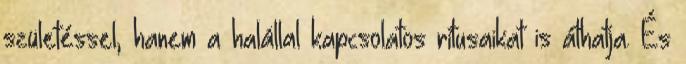
születéssel, hanem a halállal kapcsolatos rítusaikat is áthatja. És